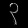
Digit: ၃